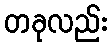
တခုလည်း